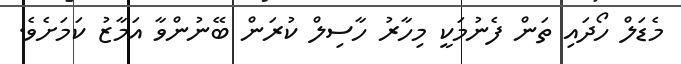
މެޑަލް ހޯދައި ތަން ފެނުމަކީ މިހާރު ހާސިލް ކުރަން ބޭނުންވާ އަމާޒު ކަމަށެވެ.